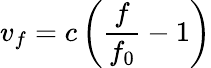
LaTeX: v_{f}=c\left({\frac{f}{f_{0}}}-1\right)